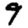
Digit: 9